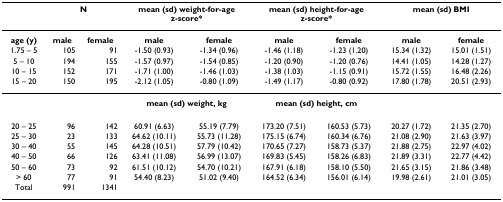
<table><thead><tr><td></td><td colspan="2"><b>N</b></td><td colspan="2"><b>mean (sd) weight-for-agez-score*</b></td><td colspan="2"><b>mean (sd) height-for-agez-score*</b></td><td colspan="2"><b>mean (sd) BMI</b></td></tr></thead><tbody><tr><td><b>age (y)</b></td><td><b>male</b></td><td><b>female</b></td><td><b>male</b></td><td><b>female</b></td><td><b>male</b></td><td><b>female</b></td><td><b>male</b></td><td><b>female</b></td></tr><tr><td>1.75 – 5</td><td>105</td><td>91</td><td>-1.50 (0.93)</td><td>-1.34 (0.96)</td><td>-1.46 (1.18)</td><td>-1.23 (1.20)</td><td>15.34 (1.32)</td><td>15.01 (1.51)</td></tr><tr><td>5 – 10</td><td>194</td><td>155</td><td>-1.57 (0.97)</td><td>-1.54 (0.85)</td><td>-1.20 (0.90)</td><td>-1.20 (0.76)</td><td>14.41 (1.05)</td><td>14.28 (1.27)</td></tr><tr><td>10 – 15</td><td>152</td><td>171</td><td>-1.71 (1.00)</td><td>-1.46 (1.03)</td><td>-1.38 (1.03)</td><td>-1.15 (0.91)</td><td>15.72 (1.55)</td><td>16.48 (2.26)</td></tr><tr><td>15 – 20</td><td>150</td><td>195</td><td>-2.12 (1.05)</td><td>-0.80 (1.09)</td><td>-1.49 (1.17)</td><td>-0.80 (0.92)</td><td>17.80 (1.78)</td><td>20.51 (2.93)</td></tr><tr><td></td><td></td><td></td><td colspan="2"><b>mean (sd) weight, kg</b></td><td colspan="2"><b>mean (sd) height, cm</b></td><td></td><td></td></tr><tr><td>20 – 25</td><td>96</td><td>142</td><td>60.91 (6.63)</td><td>55.19 (7.79)</td><td>173.20 (7.51)</td><td>160.53 (5.73)</td><td>20.27 (1.72)</td><td>21.35 (2.70)</td></tr><tr><td>25 – 30</td><td>23</td><td>133</td><td>64.62 (10.11)</td><td>55.73 (11.28)</td><td>175.15 (6.74)</td><td>160.34 (6.76)</td><td>21.08 (2.90)</td><td>21.63 (3.97)</td></tr><tr><td>30 – 40</td><td>55</td><td>145</td><td>64.28 (10.51)</td><td>57.79 (10.42)</td><td>170.65 (7.27)</td><td>158.73 (5.37)</td><td>21.88 (2.75)</td><td>22.97 (4.02)</td></tr><tr><td>40 – 50</td><td>66</td><td>126</td><td>63.41 (11.08)</td><td>56.99 (13.07)</td><td>169.83 (5.45)</td><td>158.26 (6.83)</td><td>21.89 (3.31)</td><td>22.77 (4.42)</td></tr><tr><td>50 – 60</td><td>73</td><td>92</td><td>61.51 (10.12)</td><td>54.70 (10.21)</td><td>167.91 (6.18)</td><td>158.10 (5.50)</td><td>21.65 (3.15)</td><td>21.86 (3.48)</td></tr><tr><td>&gt; 60</td><td>77</td><td>91</td><td>54.40 (8.23)</td><td>51.02 (9.40)</td><td>164.52 (6.34)</td><td>156.01 (6.14)</td><td>19.98 (2.61)</td><td>21.01 (3.05)</td></tr><tr><td>Total</td><td>991</td><td>1341</td><td></td><td></td><td></td><td></td><td></td><td></td></tr></tbody></table>